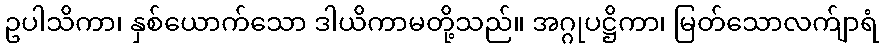
ဥပါသိကာ၊ နှစ်ယောက်သော ဒါယိကာမတို့သည်။ အဂ္ဂုပဋ္ဌိကာ၊ မြတ်သောလက်ျာရံ